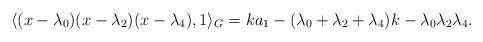
LaTeX: \begin{align*}\langle (x-\lambda_0)(x-\lambda_2)(x-\lambda_4), 1\rangle_G = ka_1-(\lambda_0+\lambda_2+\lambda_4)k-\lambda_0\lambda_2\lambda_4.\end{align*}